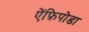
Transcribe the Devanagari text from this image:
ऐंफ़िपोडा